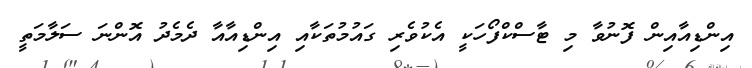
އިންޑިއާއިން ފޮނުވާ މި ޓާސްކްފޯހަކީ އެކުވެރި ގައުމުތަކާއި އިންޑިއާއާ ދެމެދު އޮންނަ ސަލާމަތީ